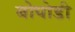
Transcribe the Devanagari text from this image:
बोपोडी